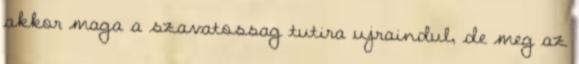
akkor maga a szavatossag tutira ujraindul, de meg az